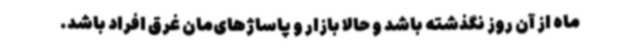
ماه از آن روز نگذشته باشد و حالا بازار و پاساژهای‌مان غرق افراد باشد.